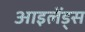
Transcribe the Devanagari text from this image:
आइलेंड्स